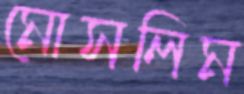
মোসলিম